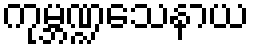
ကုမ္ဘဏ္ဍသေနာယ